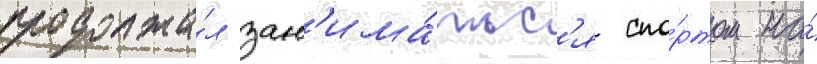
продолжа́л зан'има́тьс'я спо́ртом на́